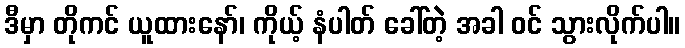
ဒီမှာ တိုကင် ယူထားနော်၊ ကိုယ့် နံပါတ် ခေါ်တဲ့ အခါ ဝင် သွားလိုက်ပါ။